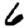
Digit: 6